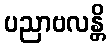
ပညာဗလန္တိ